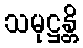
သမုဋ္ဌန္တိ